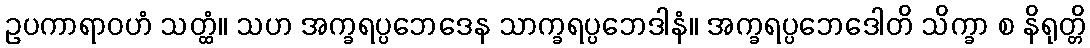
ဥပကာရာဝဟံ သတ္ထံ။ သဟ အက္ခရပ္ပဘေဒေန သာက္ခရပ္ပဘေဒါနံ။ အက္ခရပ္ပဘေဒေါတိ သိက္ခာ စ နိရုတ္တိ